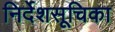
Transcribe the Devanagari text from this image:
निर्देशसूचिका